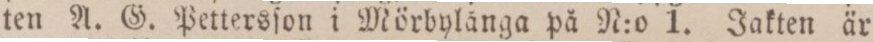
ten A. G. Pettersſon i Mörbylånga på N:o 1. Jakten är